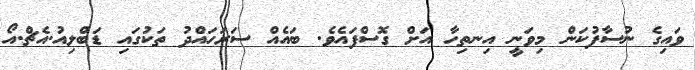
ވައިގެ ނުސާފުކަން މިވަނީ އިނތިހާ އަށް ގޮސްފައެވެ. ބައެއް ސަރަހައްދު ތަކުގައި ޑަބްލިއު.އެޗް.އޯ